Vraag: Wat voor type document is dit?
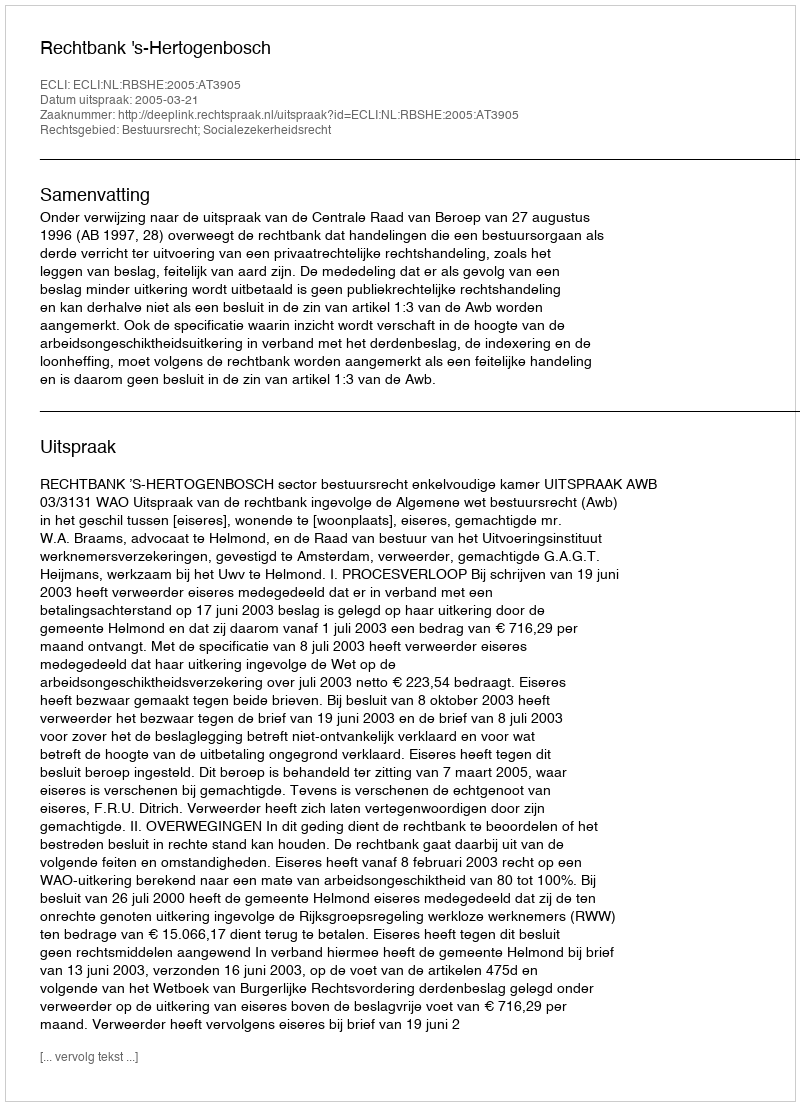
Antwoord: Uitspraak